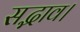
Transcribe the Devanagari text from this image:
सद्भाव।